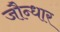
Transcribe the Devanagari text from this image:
जौन्धार